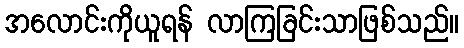
အလောင်းကိုယူရန် လာကြခြင်းသာဖြစ်သည်။